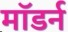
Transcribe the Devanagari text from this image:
माॅडर्न